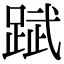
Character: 䟼